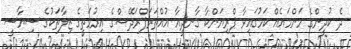
ދެ ކުދީންގެ މަންމައެއް ކަމުގައިވާ ޕްރިޔަންކާ ގާނދީއާ އުއްތަރަޕްރަދޭޝްގެ އިރުމަތީގެ ޒިލާތަކުގެ ސިޔާސީ